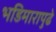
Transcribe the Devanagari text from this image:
भडिमारापुढे